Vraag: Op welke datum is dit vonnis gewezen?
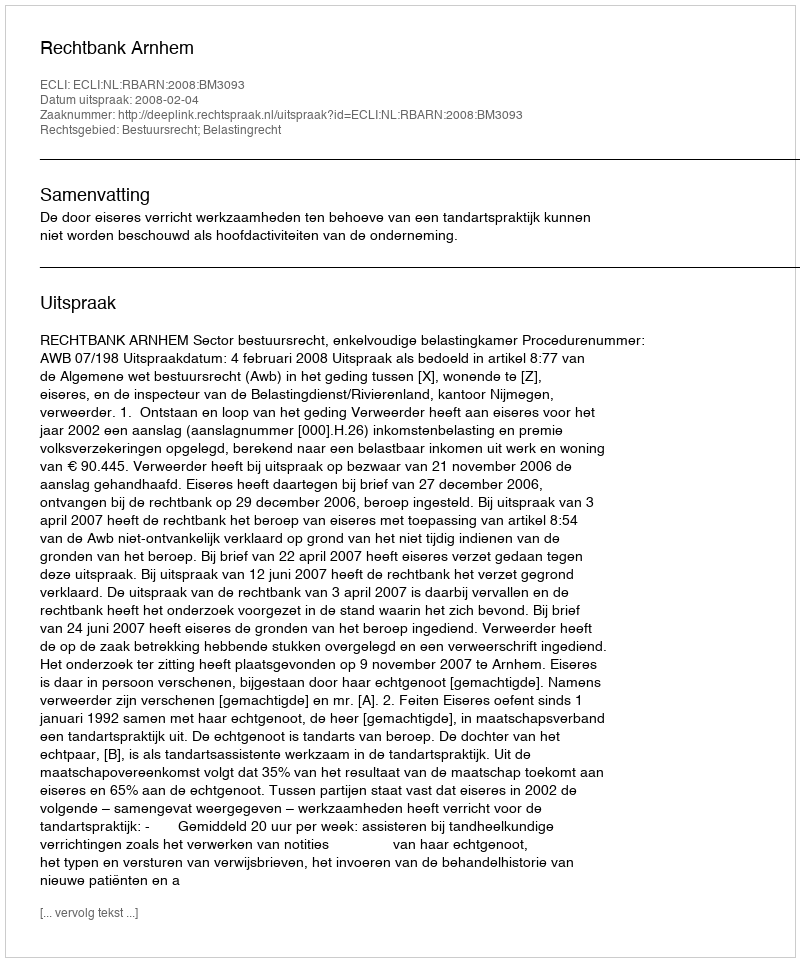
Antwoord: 2008-02-04